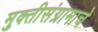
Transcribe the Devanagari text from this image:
मुक्तीसंग्रामाचे